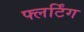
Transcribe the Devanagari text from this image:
फ्लर्टिंग